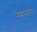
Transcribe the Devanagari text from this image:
महानतन